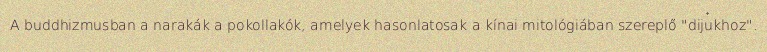
A buddhizmusban a narakák a pokollakók, amelyek hasonlatosak a kínai mitológiában szereplő "dijukhoz".